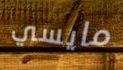
مايسي